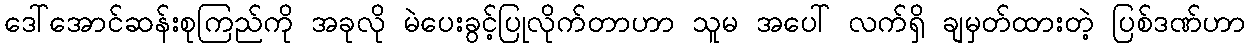
ဒေါ်အောင်ဆန်းစုကြည်ကို အခုလို မဲပေးခွင့်ပြုလိုက်တာဟာ သူမ အပေါ် လက်ရှိ ချမှတ်ထားတဲ့ ပြစ်ဒဏ်ဟာ